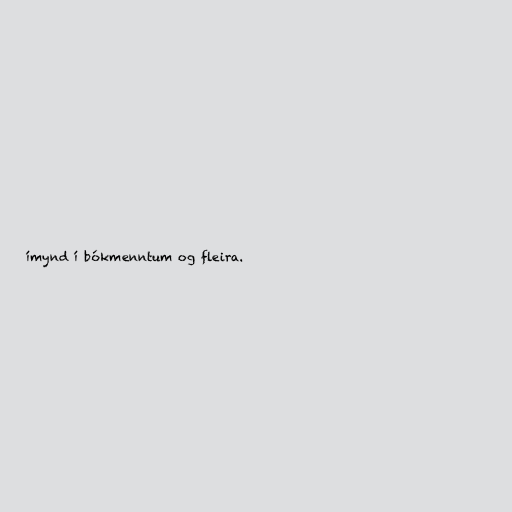
ímynd í bókmenntum og fleira.